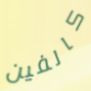
كالفين